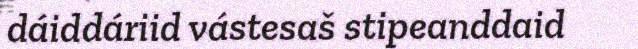
dáiddáriid vástesaš stipeanddaid